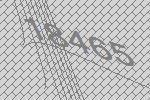
18465